Vaccination United Provinces of Agra and Oudh 1914-1922 - 1914-1922
Year: 1914
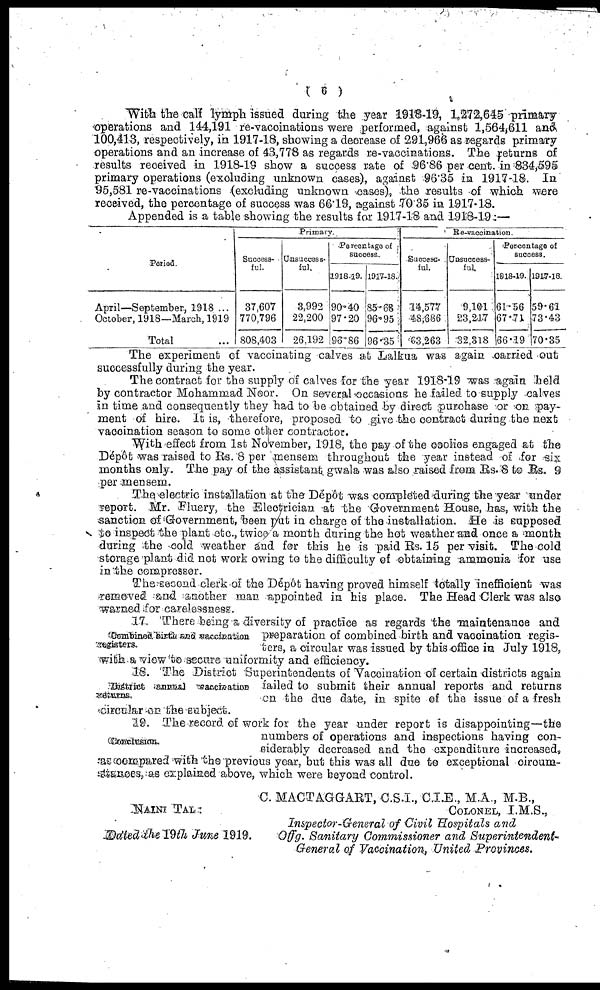
( 6 )
With the call lymph issued during the year 1918-19, 1,272,645 primary
operations and 144,191 re-vaccinations were performed, against 1,564,611 and
100,413, respectively, in 1917-18, showing a decrease of 291,966 as regards primary
operations and an increase of 43,778 as regards re-vaccinations. The returns of
results received in 1918-19 show a success rate of 96.86 per cent. in 834,595
primary operations (excluding unknown cases), against 96.35 in 1917-18. In
95,581 re-vaccinations (excluding unknown cases), the results of which were
received, the percentage of success was 66.19, against 70 35 in 1917-18.
Appended is a table showing the results for 1917-18 and 1918-19:—
Period.
April—September, 1918 ...
October, 1918—March, 1919
Total ...
Primary.
Success-
ful.
37,607
770,796
808,403
Unsuccess-
ful.
3,992
22,200
26,192
Percentage of
success.
1918-19.
90.40
97.20
96.86
1917-18.
85.68
96.95
96.35
Re-vaccination.
Success-
ful.
14,577
48,686
63,263
Unsuccess-
ful.
9,101
23,217
32,318
Percentage of
success.
1818-19.
61.56
67.71
66.19
1917-18.
59.61
73.43
70.35
The experiment of vaccinating calves at Lalkua was again carried out
successfully during the year.
The contract for the supply of calves for the year 1918-19 was again held
by contractor Mohammad Neor. On several occasions he failed to supply calves
in time and consequently they had to be obtained by direct purchase or on pay-
ment of hire. It is, therefore, proposed to give the contract during the next
vaccination season to some other contractor.
With effect from 1st November, 1918, the pay of the coolies engaged at the
Dépôt was raised to Rs. 8 per mensem throughout the year instead of for six
months only. The pay of the assistant gwala was also raised from Rs. 8 to Rs. 9
per mensem.
The electric installation at the Dépôt was completed-during the year under
report. Mr. Fluery, the Electrician at the Government House, has, with the
sanction of Government, been put in charge of the installation. He is supposed
to inspect the plant etc., twice a month during the hot weather and once a month
during the cold weather and for this he is paid Rs. 15 per visit. The cold
storage plant did not work owing to the difficulty of obtaining ammonia for use
in the compressor.
The second clerk of the Dépôt having proved himself totally inefficient was
removed and another man appointed in his place. The Head Clerk was also
warned for carelessness.
Combined birth and vaccination
registers.
17. There being a diversity of practice as regards the maintenance and
preparation of combined birth and vaccination regis-
ters, a circular was issued by this office in July 1918,
with a view to secure uniformity and efficiency.
District annual vaccination
returns.
18. The District Superintendents of Vaccination of certain districts again
failed to submit their annual reports and returns
on the due date, in spite of the issue of a fresh
circular on the subject.
Conclusion.
19. The record of work for the year under report is disappointing—the
numbers of operations and inspections having con-
siderably decreased and the expenditure increased,
as compared with the previous year, but this was all due to exceptional circum-
stances, as explained above, which were beyond control.
NAINI TAL:
Dated the 19th June 1919.
C. MACTAGGART, C.S.I., C.I.E., M.A., M.B.,
COLONEL, I.M.S.,
Inspector-General of Civil Hospitals and
Offg. Sanitary Commissioner and Superintendent-
General of Vaccination, United Provinces.